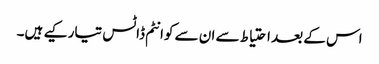
اس کے بعد احتیاط سے ان سے کوانٹم ڈاٹس تیار کیے ہیں۔